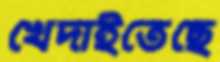
খেদাইতেছে